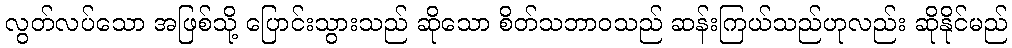
လွတ်လပ်သော အဖြစ်သို့ ပြောင်းသွားသည် ဆိုသော စိတ်သဘာဝသည် ဆန်းကြယ်သည်ဟုလည်း ဆိုနိုင်မည်